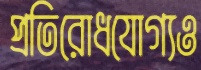
প্রতিরোধযোগ্যও